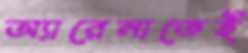
অ্যারেনাতেই